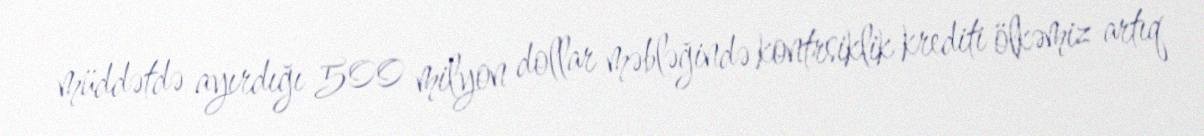
müddətdə ayırdığı 500 milyon dollar məbləğində kontrsiklik krediti ölkəmiz artıq